Annual returns of the Patna Lunatic Asylum at Bankipore in Bihar and Orissa - 1912-1924
Year: 1912
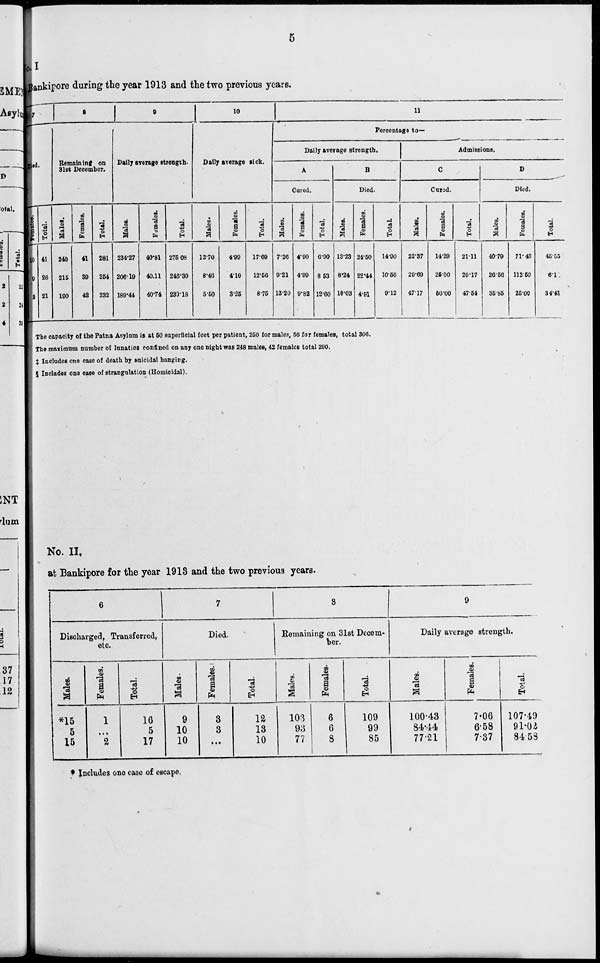
5
I
Bankipore during the year 1913 and the two previous years.
7
Died.
Females.
10
9
2
Total.
41
26
21
8
Remaining on
31st December.
Males.
240
215
190
Females.
41
39
42
Total.
281
254
232
9
Daily average strength.
Males.
234.27
206.10
189.44
Females.
40.81
40.11
40.74
Total.
275.08
246.30
230.18
10
Daily average sick.
Males.
12.70
8.46
5.50
Females.
4.99
4.10
3.25
Total.
17.69
12.56
8.75
11
Percentage to—
Daily average strength.
A
Cured.
Males.
7.26
9.21
13.20
Females.
4.90
4.99
9.82
Total.
6.90
8.53
12.60
B
Died.
Males.
13.23
8.24
10.03
Females.
24.50
22.44
4.91
Total.
14.90
10.56
9.12
Admissions.
C
Cured.
Males.
22.37
29.69
47.17
Females.
14.29
25.00
50.00
Total.
21.11
29.17
47.54
D
Died.
Males.
40.79
26.56
35.85
Females.
71.43
112.50
25.00
Total.
45.55
6.1
34.43
The capacity of the Patna Asylum is at 50 superficial feet per patient, 250 for males, 56 for females, total 306.
The maximum number of lunatics confined on any one night was 248 males, 42 females total 290.
‡ Includes one case of death by suicidal hanging.
§ Includes one case of strangulation (Homicidal).
No. II.
at Bankipore for the year 1913 and the two previous years.
6
Discharged, Transferred,
etc.
Males.
*15
5
15
Females.
1
...
2
Total.
16
5
17
7
Died.
Males.
9
10
10
Females.
3
3
...
Total.
12
13
10
8
Remaining on 31st Decem-
ber.
Males.
103
93
77
Females.
6
6
8
Total.
109
99
85
9
Daily average strength.
Males.
100.43
84.44
77.21
Females.
7.06
6.58
7.37
Total.
107.49
91.02
84.58
* Includes one case of escape.